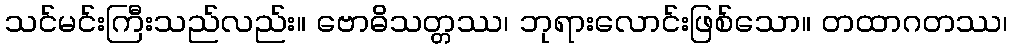
သင်မင်းကြီးသည်လည်း။ ဗောဓိသတ္တဿ၊ ဘုရားလောင်းဖြစ်သော။ တထာဂတဿ၊